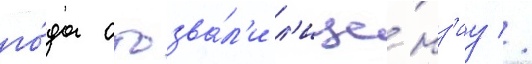
го́да отозва́л'и л'ице́нз'иу //